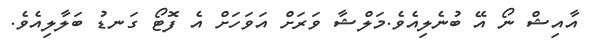
އާއިޝް ނޯ އޭ ބުނެލިއެވެ.މަލްޝާ ވަރަށް އަވަހަށް އެ ފޮޓޯ ގަނޑު ބަލާލިއެވެ.